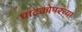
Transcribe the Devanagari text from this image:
घाटकोपरच्या